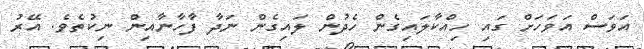
އަވަސް އަވަހަށް ގައި ހިއްކާލައިގެން ހެދުން ލައިގެން ނަދާ ފާހާނާއިން ނިކުތެވެ. އޭރު